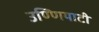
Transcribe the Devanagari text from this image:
उण्णियाटी